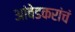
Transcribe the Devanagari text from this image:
आंबेडकरांचं